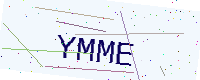
Text: YMME